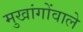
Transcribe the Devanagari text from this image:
मुखांगोंवाले